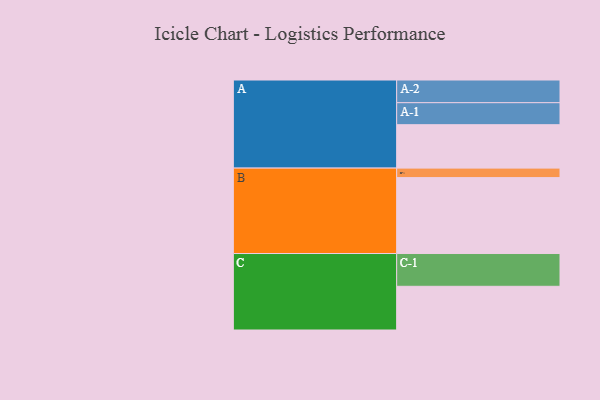
{"axis": {"x": "Segment", "y": "Value"}, "legend": ["", "A", "B", "C"], "data": [{"x": "A", "y": 306, "type": ""}, {"x": "B", "y": 535, "type": ""}, {"x": "C", "y": 308, "type": ""}, {"x": "A-1", "y": 155, "type": "A"}, {"x": "A-2", "y": 160, "type": "A"}, {"x": "B-1", "y": 67, "type": "B"}, {"x": "C-1", "y": 231, "type": "C"}]}